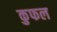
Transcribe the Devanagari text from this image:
कुफल